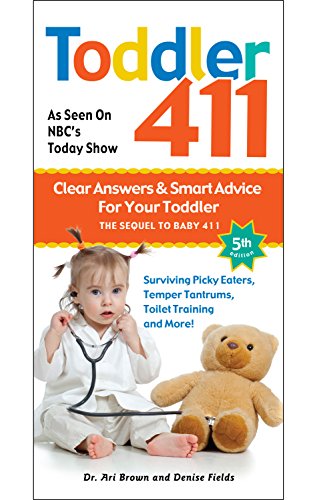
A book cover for Toddler 411: Clear Answers & Smart Advice for Your Toddler; Ari Brown; Parenting & Relationships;